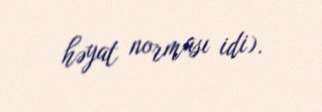
həyat norması idi).